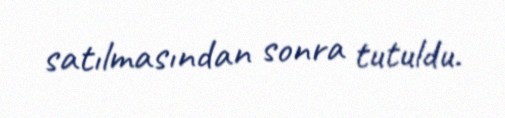
satılmasından sonra tutuldu.